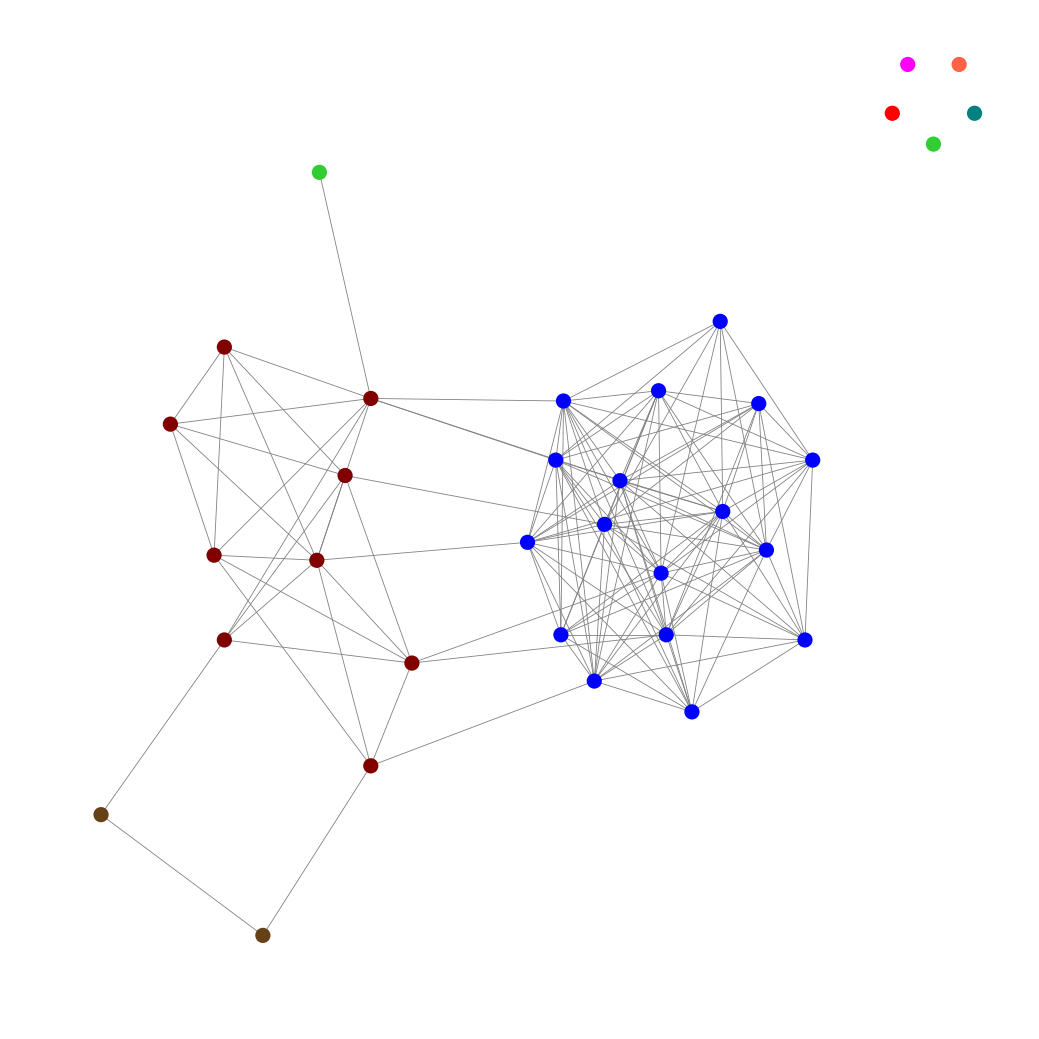
Graph connected: No
Number of connected components: 6
Number of singletons: 5
Total number of nodes: 34
Total number of edges: 139
Number of communities: 8
Community sizes:
Blue: 17
Fuchsia: 1
Lime Green: 2
Maroon: 9
Pullman Brown: 2
Red: 1
Teal: 1
Tomato: 1
Graph layout: tda
Graph generation method: erdos_renyi